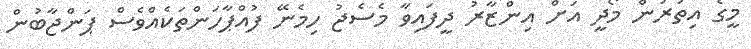
މީގެ އިތުރުން މޯދީ އަށް އިންޒާރު ދީފައިވާ މެސެޖު ހިމެނޭ ފުއްޕާހަންތަކެއްވެސް ޕަންޖާބުން